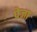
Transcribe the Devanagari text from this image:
पेजा